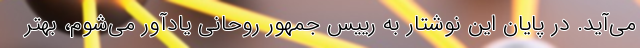
می‌آید. در پایان این نوشتار به رییس جمهور روحانی یادآور می‌شوم، بهتر